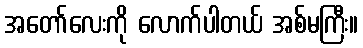
အတော်လေးကို လောက်ပါတယ် အစ်မကြီး။